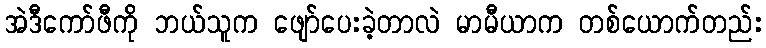
အဲဒီကော်ဖီကို ဘယ်သူက ဖျော်ပေးခဲ့တာလဲ မာမီယာက တစ်ယောက်တည်း